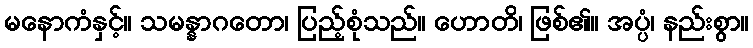
မနောကံနှင့်။ သမန္နာဂတော၊ ပြည့်စုံသည်။ ဟောတိ၊ ဖြစ်၏။ အပ္ပံ၊ နည်းစွာ။